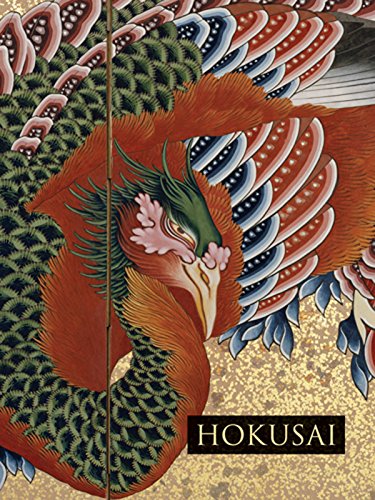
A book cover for Hokusai; Sarah Thompson; Arts & Photography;